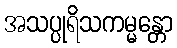
အသပ္ပုရိသကမ္မန္တော